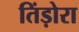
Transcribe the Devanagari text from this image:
तिंड़ोरा